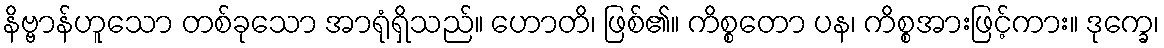
နိဗ္ဗာန်ဟူသော တစ်ခုသော အာရုံရှိသည်။ ဟောတိ၊ ဖြစ်၏။ ကိစ္စတော ပန၊ ကိစ္စအားဖြင့်ကား။ ဒုက္ခေ၊